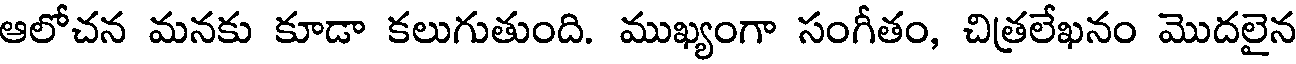
ఆలోచన మనకు కూడా కలుగుతుంది. ముఖ్యంగా సంగీతం, చిత్రలేఖనం మొదలైన